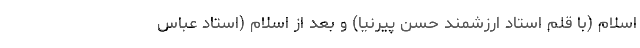
اسلام (با قلم استاد ارزشمند حسن پیرنیا) و بعد از اسلام (استاد عباس